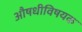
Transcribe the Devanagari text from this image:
औषधीविषयक